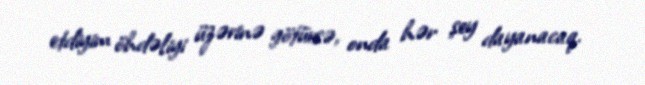
etdiyim öhdəliyi üzərinə götürsə, onda hər şey dayanacaq.